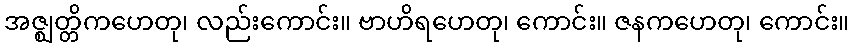
အဇ္ဈတ္တိကဟေတု၊ လည်းကောင်း။ ဗာဟိရဟေတု၊ ကောင်း။ ဇနကဟေတု၊ ကောင်း။